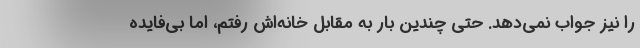
را نیز جواب نمی‌دهد. حتی چندین بار به مقابل خانه‌اش رفتم، اما بی‌فایده